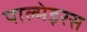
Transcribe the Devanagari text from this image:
पाल्मेइरस